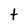
Character: t